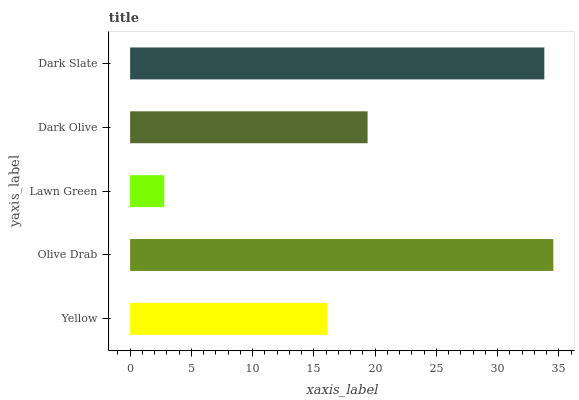
| yaxis_label | bars |
 | --- | --- |
 | Yellow | 16.1 |
 | Olive Drab | 34.5 |
 | Lawn Green | 2.79 |
 | Dark Olive | 19.4 |
 | Dark Slate | 33.8 |